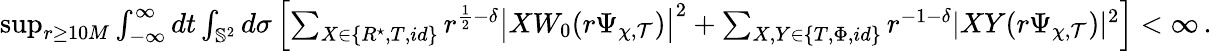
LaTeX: \begin{array}{r}{\operatorname*{sup}_{r\geq 10M}\int_{-\infty}^{\infty}dt\int_{\mathbb{S}^{2}}d\sigma\left[\sum_{X\in\{ R^{\star},T,id\} }r^{\frac{1}{2}-\delta}\big|XW_{0}(r\Psi_{\chi,\mathcal{T}})\big|^{2}+\sum_{X,Y\in\{ T,\Phi,id\} }r^{-1-\delta}|XY(r\Psi_{\chi,\mathcal{T}})|^{2}\right]<\infty\, .}\end{array}